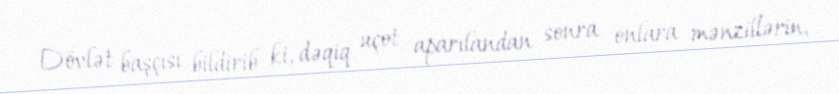
Dövlət başçısı bildirib ki, dəqiq uçot aparılandan sonra onlara mənzillərin,